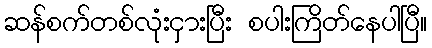
ဆန်စက်တစ်လုံးငှားပြီး စပါးကြိတ်နေပါပြီ။